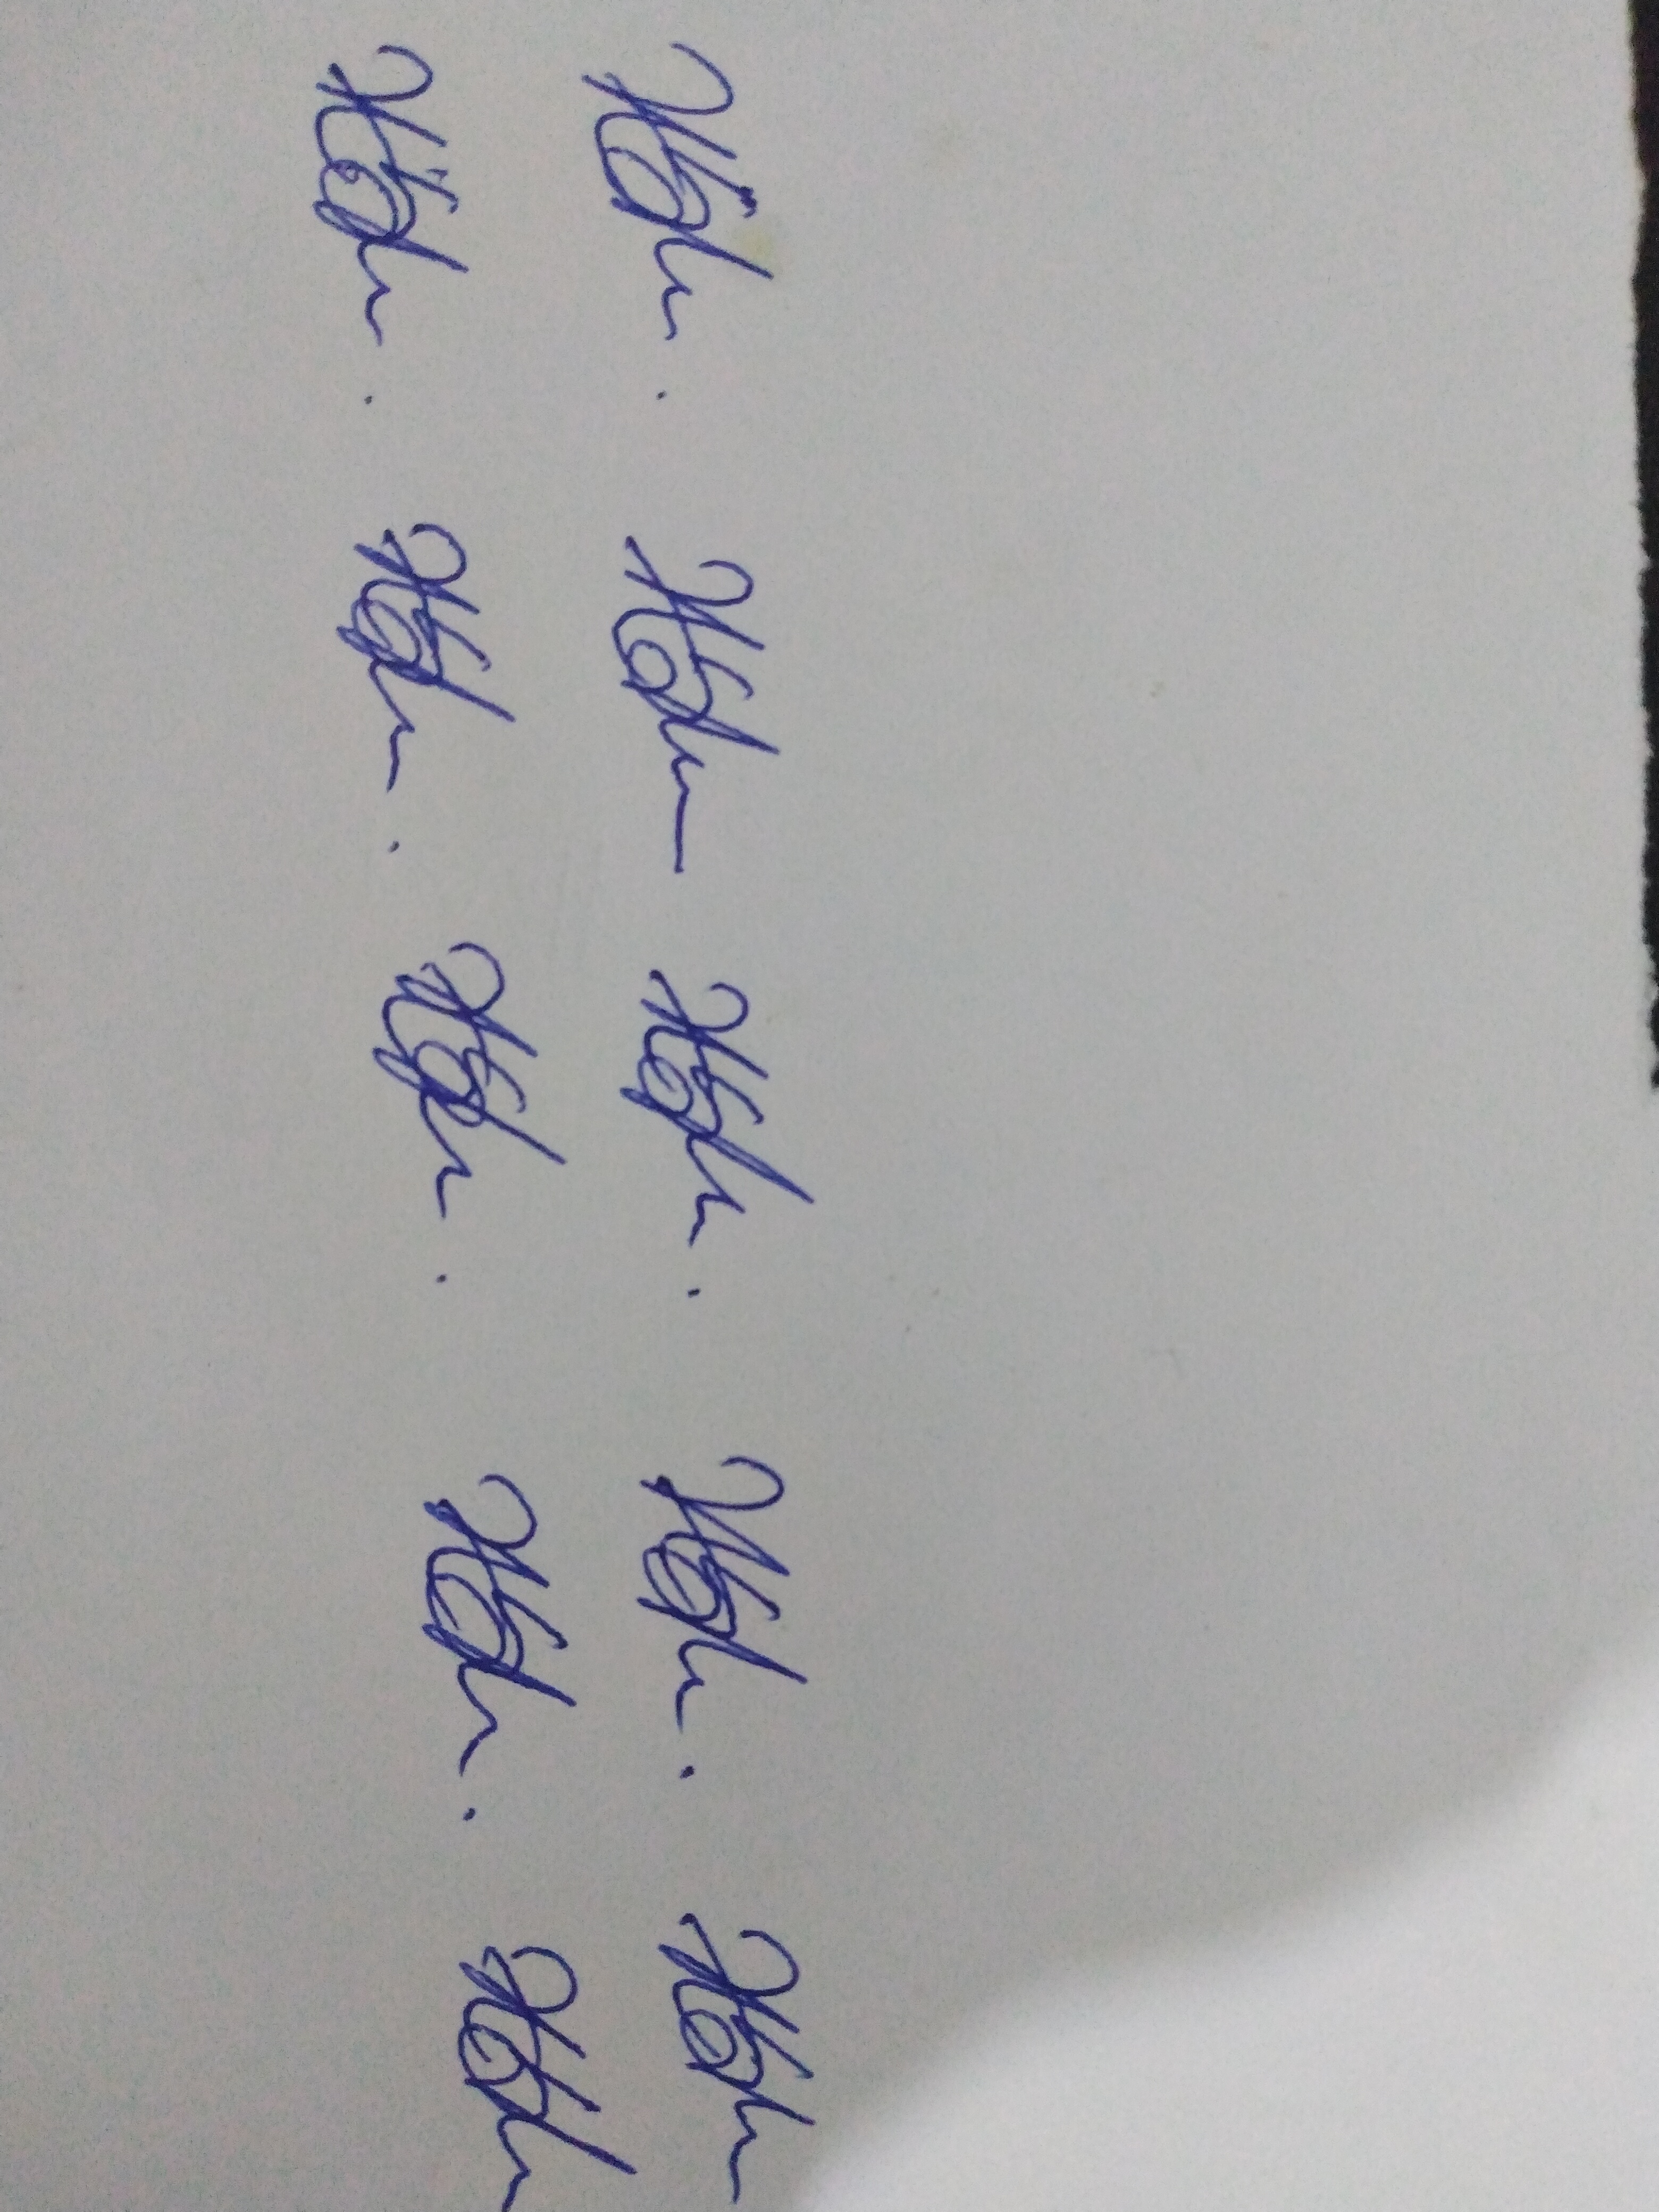
Signature authenticity: genuine